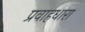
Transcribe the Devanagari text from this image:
प्रवाहधारा